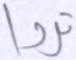
تروا